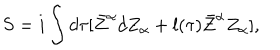
S = i \int d \tau [ \bar { Z } ^ { \alpha } d Z _ { \alpha } + l ( \tau ) \bar { Z } ^ { \alpha } Z _ { \alpha } ] ,